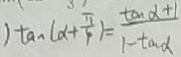
) \tan ( \alpha + \frac { \pi } { 4 } ) = \frac { \tan \alpha + 1 } { 1 - \tan \alpha }